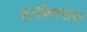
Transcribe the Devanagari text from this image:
एटकिनसंस